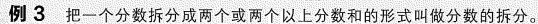
例3 把一个分数拆分成两个或两个以上分数和的形式叫做分数的拆分。